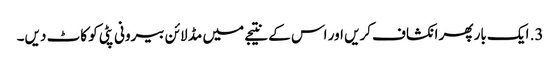
3. ایک بار پھر انکشاف کریں اور اس کے نتیجے میں مڈ لائن بیرونی پٹی کو کاٹ دیں۔